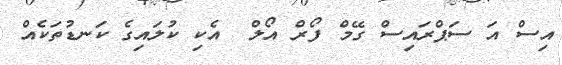
އިސް އަ ސަޕްރައިސް ގޭމް ފޯރް އޯލް  އެކި ކުލައިގެ ކަނޑުތަކެއް